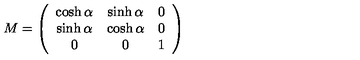
M = \left( \begin{array} { c c c } { \cosh \alpha } & { \sinh \alpha } & { 0 } \\ { \sinh \alpha } & { \cosh \alpha } & { 0 } \\ { 0 } & { 0 } & { 1 } \\ \end{array} \right)